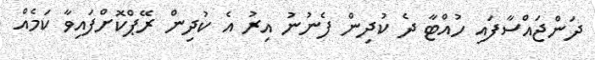
ދަންޖައްސާފައި ހުއްޓާ ދެ ކުދިން ފެނުނު އިރު އެ ކުދިން ރޭޕްކޮށްފައިވާ ކަމެއް